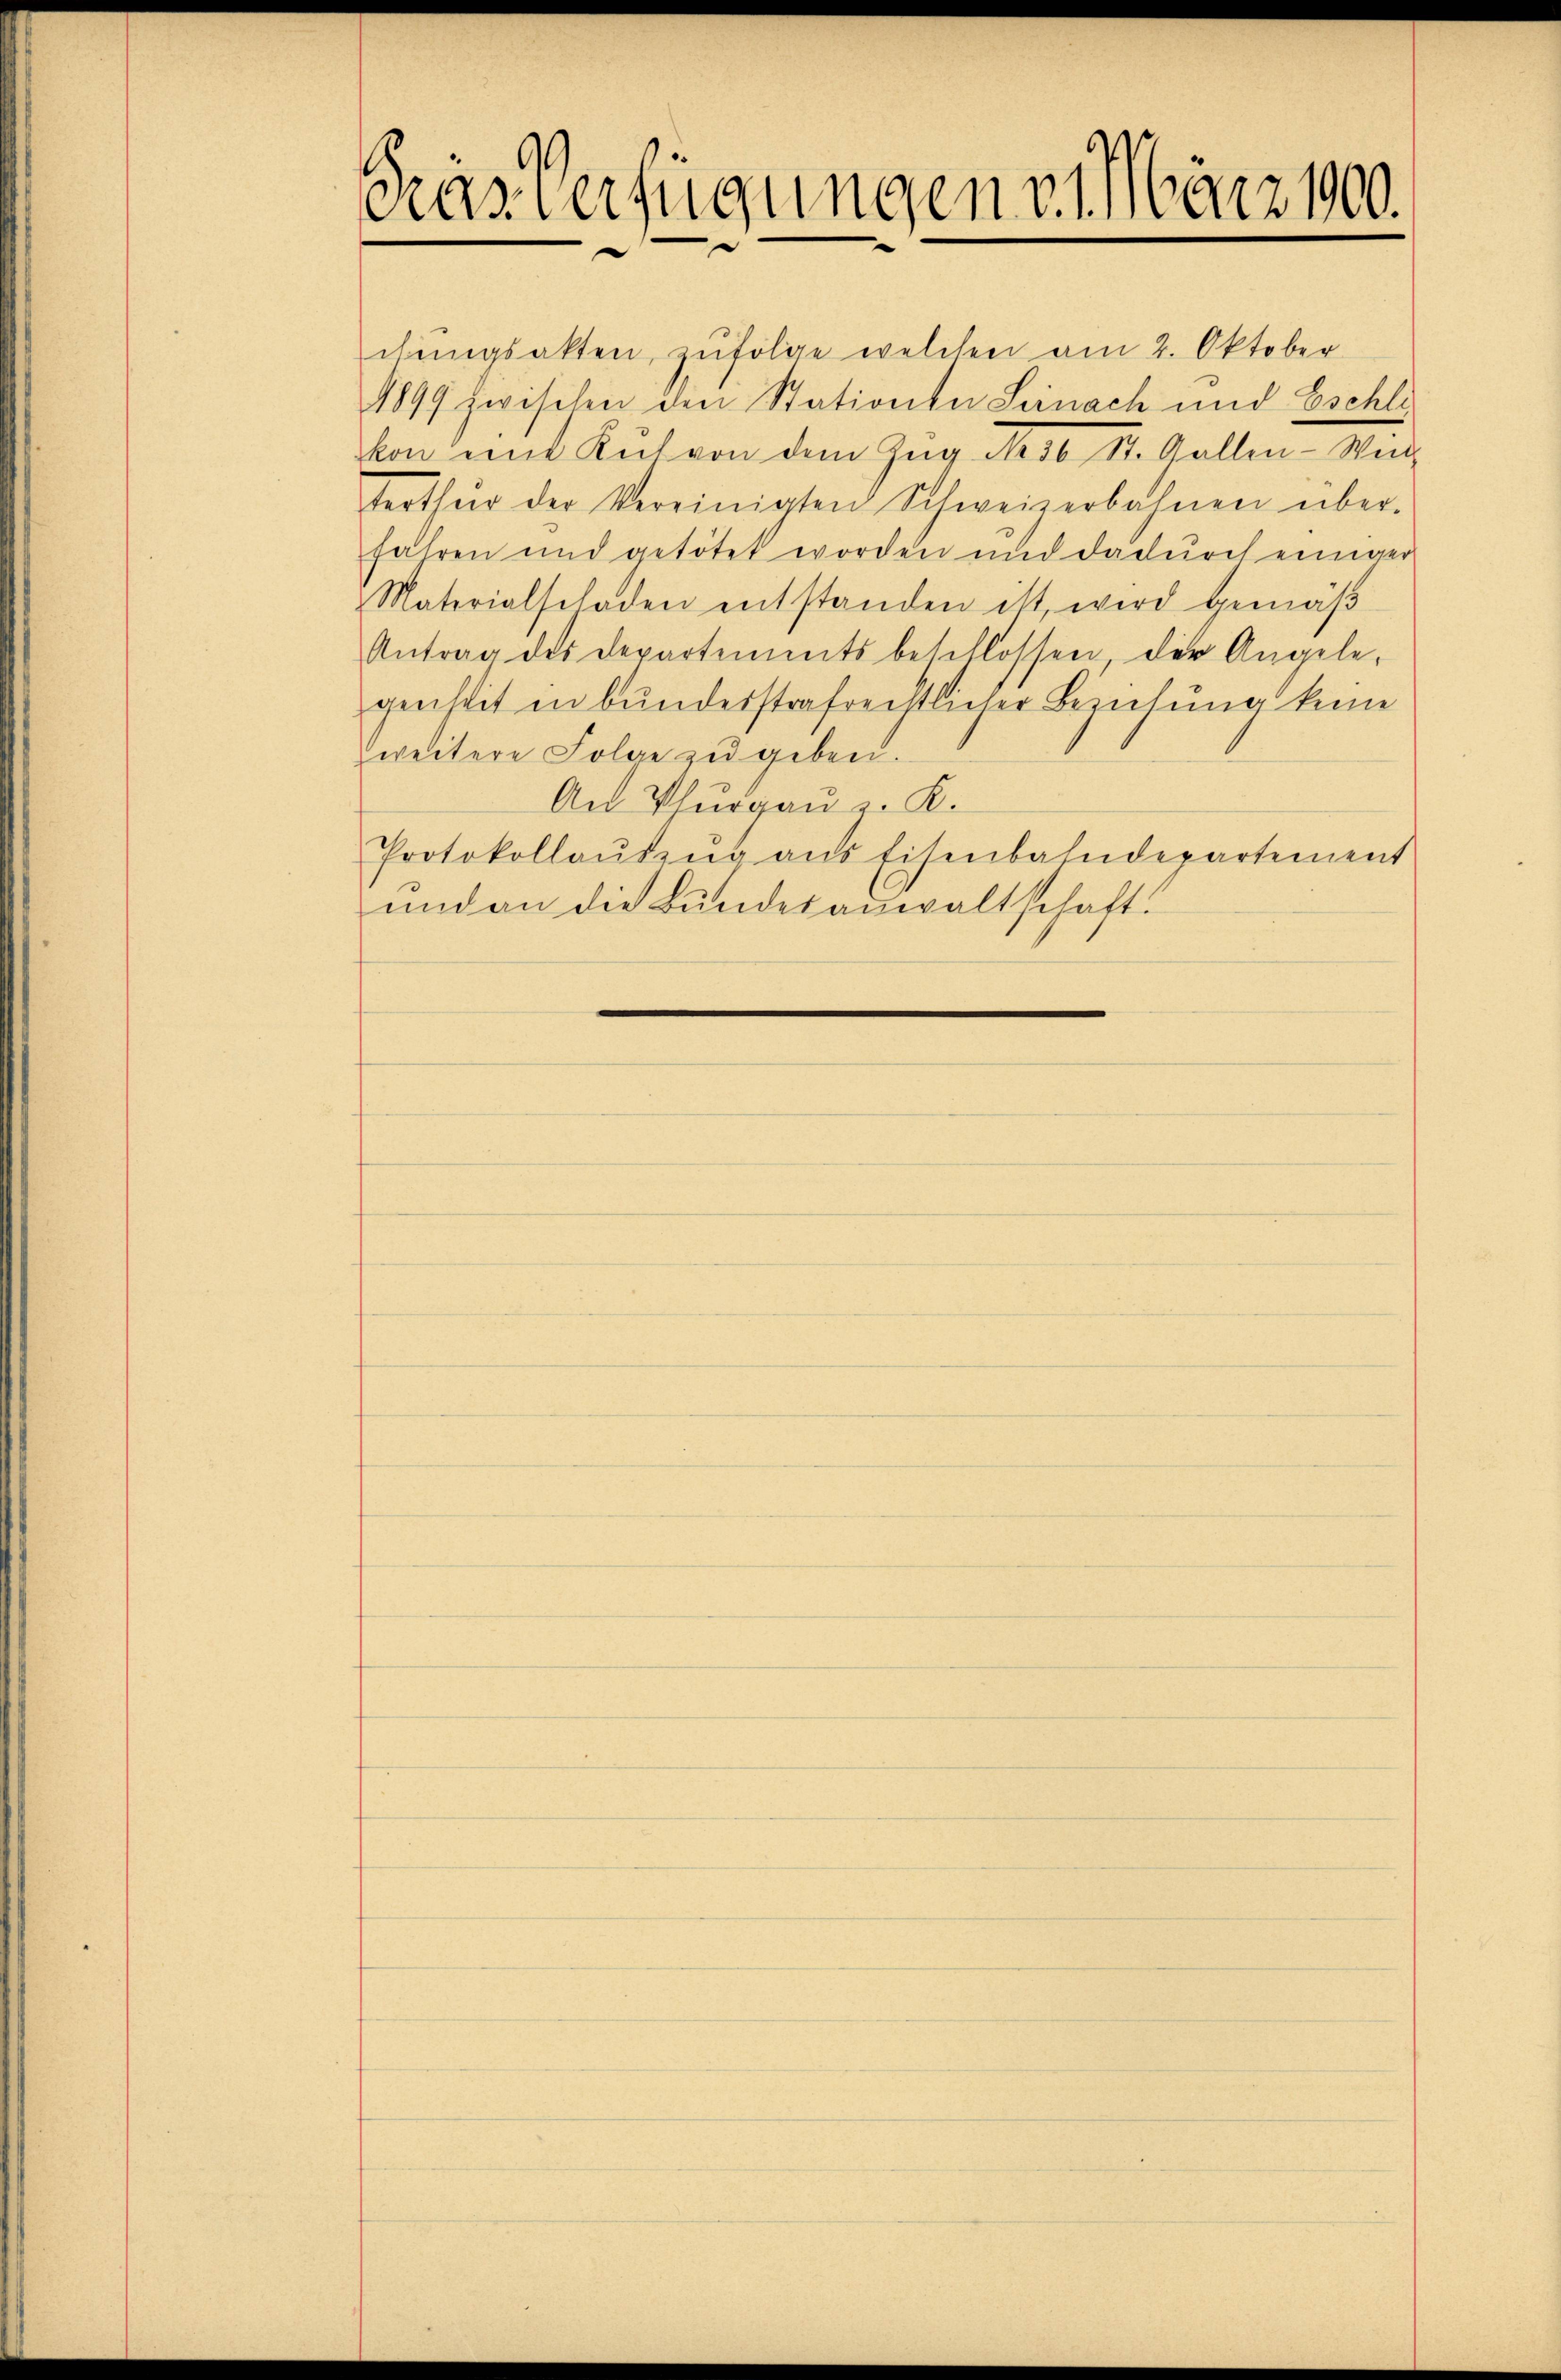
Gras Verfügungen v. März 1900.

chŭngsakten, zŭfolge welchen am 2. Oktober
1899 zwischen den Stationen Seinach und Eschli
kon mit Kut von dem Zug No 16 St. Gallen-Wei
terthŭr der Vereinigten Schweizerbahnen über-
fahren und getötet worden und dadurch einiger
Materialschaden entstanden ist, wird gemäβ
Antrag des Departements beschlossen der Angele-
genheit in bunderstrafrechtlicher Beziehung keine
weitere Folge zu geben.
An Thurgau z. K.
Protokollaŭszŭg ans Eisenbahndepartement
und an die Bundesanwaltschaft.